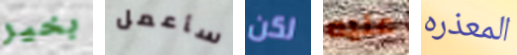
بخير سأعمل لكن عليه المعذره